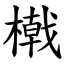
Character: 橶